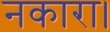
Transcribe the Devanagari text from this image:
नकारा।